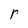
Character: r